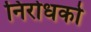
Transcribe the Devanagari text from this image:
निरोधको